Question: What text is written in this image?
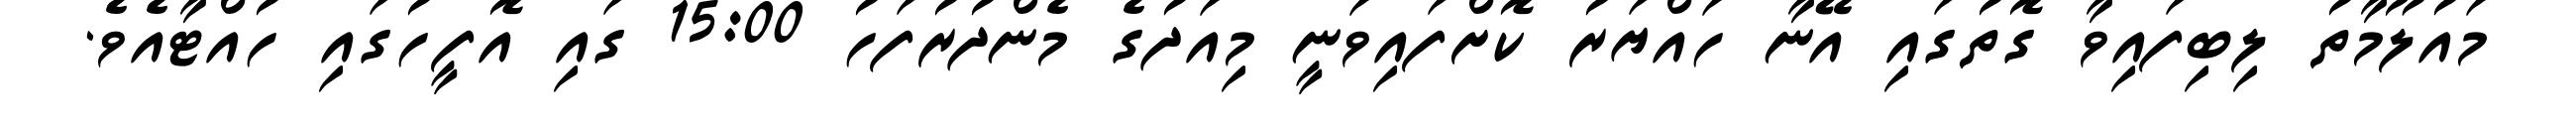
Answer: މައުލޫމާތު ލިބިފައިވާ ގޮތުގައި އޭނާ ހައްޔަރު ކޮށްފައިވަނީ މިއަދުގެ މެންދުރުފަހު 15:00 ގައި އޮފީހުގައި ހުއްޓާއެވެ.